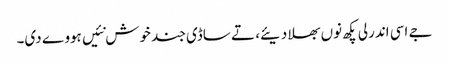
جے اسی اندرلی پکھ نوں بھلا دیئے، تے ساڈی جند خوش نئیں ہووے دی۔